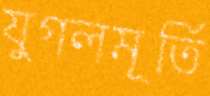
যুগলমূর্তি